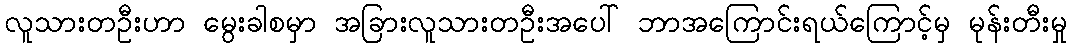
လူသားတဦးဟာ မွေးခါစမှာ အခြားလူသားတဦးအပေါ် ဘာအကြောင်းရယ်ကြောင့်မှ မုန်းတီးမှု